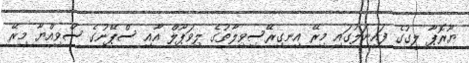
ޔޫރޮޕާ ލީގުގެ ފައިނަލުގައި މިރޭ އިނގިރޭސިވިލާތުގެ ލިވަޕޫލް އާއި ސްޕޭނުގެ ސްވިއްޔާ މިރޭ